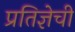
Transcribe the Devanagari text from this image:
प्रतिज्ञेची